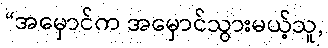
“အမှောင်က အမှောင်သွားမယ့်သူ,